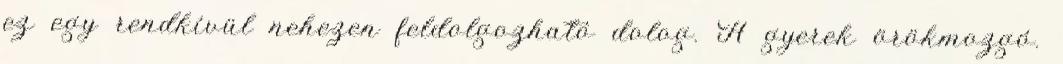
ez egy rendkívül nehezen feldolgozható dolog. A gyerek örökmozgó.